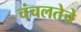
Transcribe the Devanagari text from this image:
चंचलतेचे